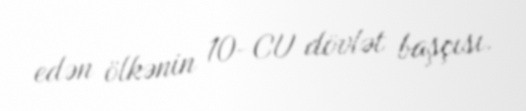
edən ölkənin 10-CU dövlət başçısı.